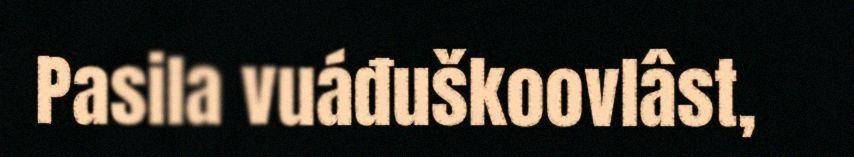
Pasila vuáđuškoovlâst,